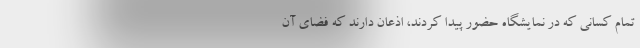
تمام کسانی که در نمایشگاه حضور پیدا کردند، اذعان دارند که فضای آن